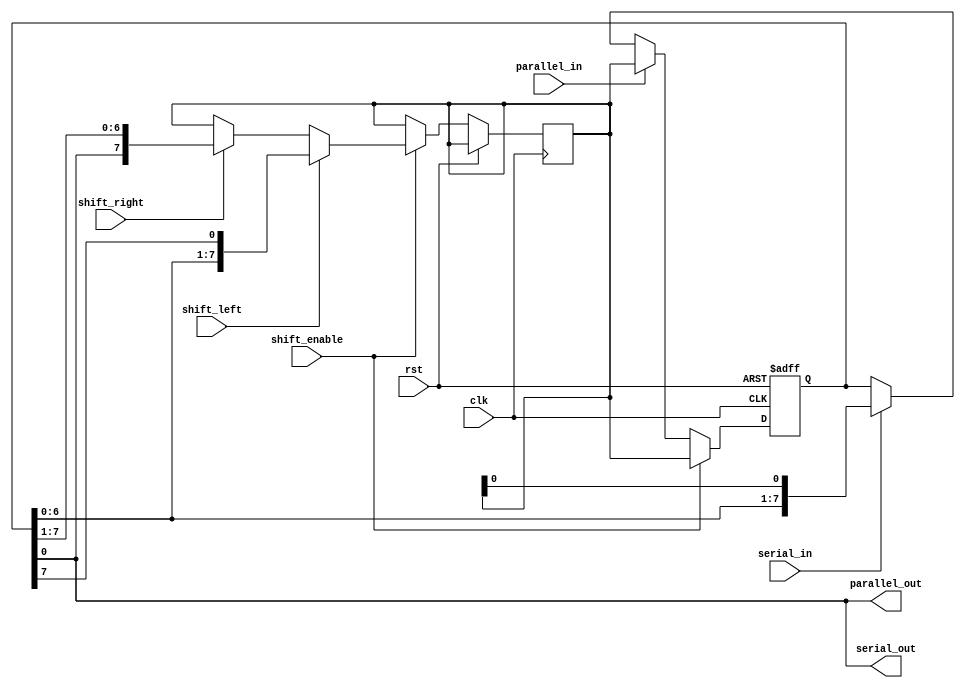
module UniversalShiftRegister(
    input wire clk,
    input wire rst,
    input wire shift_left,
    input wire shift_right,
    input wire shift_enable,
    input wire parallel_in,
    input wire serial_in,
    output wire parallel_out,
    output wire serial_out
);

reg [7:0] data;
reg [7:0] shift_data;

always @(posedge clk or posedge rst) begin
    if (rst) begin
        data <= 8'b0;
    end else begin
        if (shift_enable) begin
            if (shift_left) begin
                shift_data <= {data[6:0], data[7]};
            end else if (shift_right) begin
                shift_data <= {data[0], data[7:1]};
            end
            data <= shift_data;
        end else begin
            if (parallel_in) begin
                data <= shift_data;
            end else if (serial_in) begin
                data <= {data[6:0], shift_data[0]};
            end
        end
    end
end

assign parallel_out = data;
assign serial_out = data[0];

endmodule